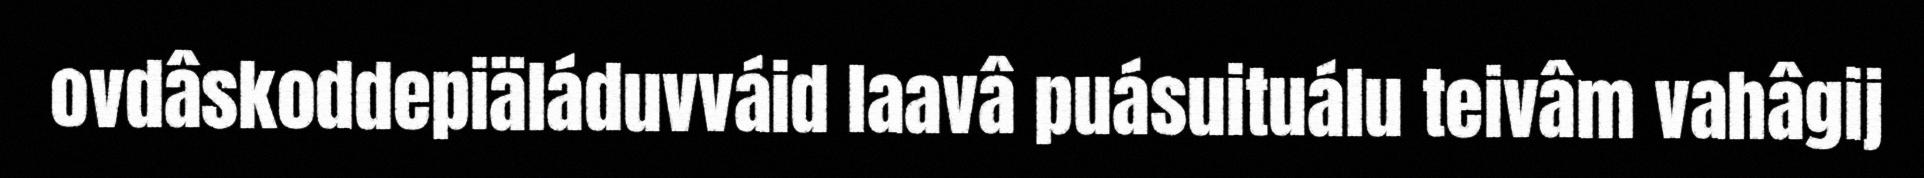
ovdâskoddepiäláduvváid laavâ puásuituálu teivâm vahâgij